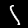
Digit: 1